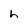
Character: h